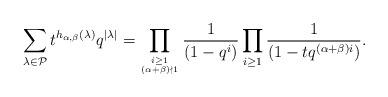
LaTeX: \begin{align*}\sum_{\lambda \in \mathcal{P}} t^{h_{\alpha,\beta} (\lambda)} q^{|\lambda|}=\prod_{i\geq 1 \atop {(\alpha+\beta) \nmid 1}}\frac{1}{(1-q^{i})}\prod_{i \geq 1}\frac{1}{(1-tq^{(\alpha+\beta)i})}.\end{align*}